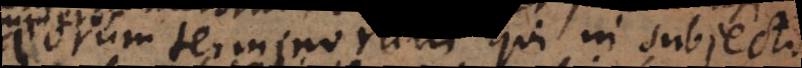
eorum terminorum qui in subjecto